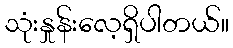
သုံးနှုန်းလေ့ရှိပါတယ်။